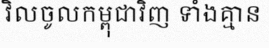
វិលចូលកម្ពុជាវិញ ទាំងគ្មាន